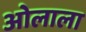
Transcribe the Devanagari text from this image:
ओलाला